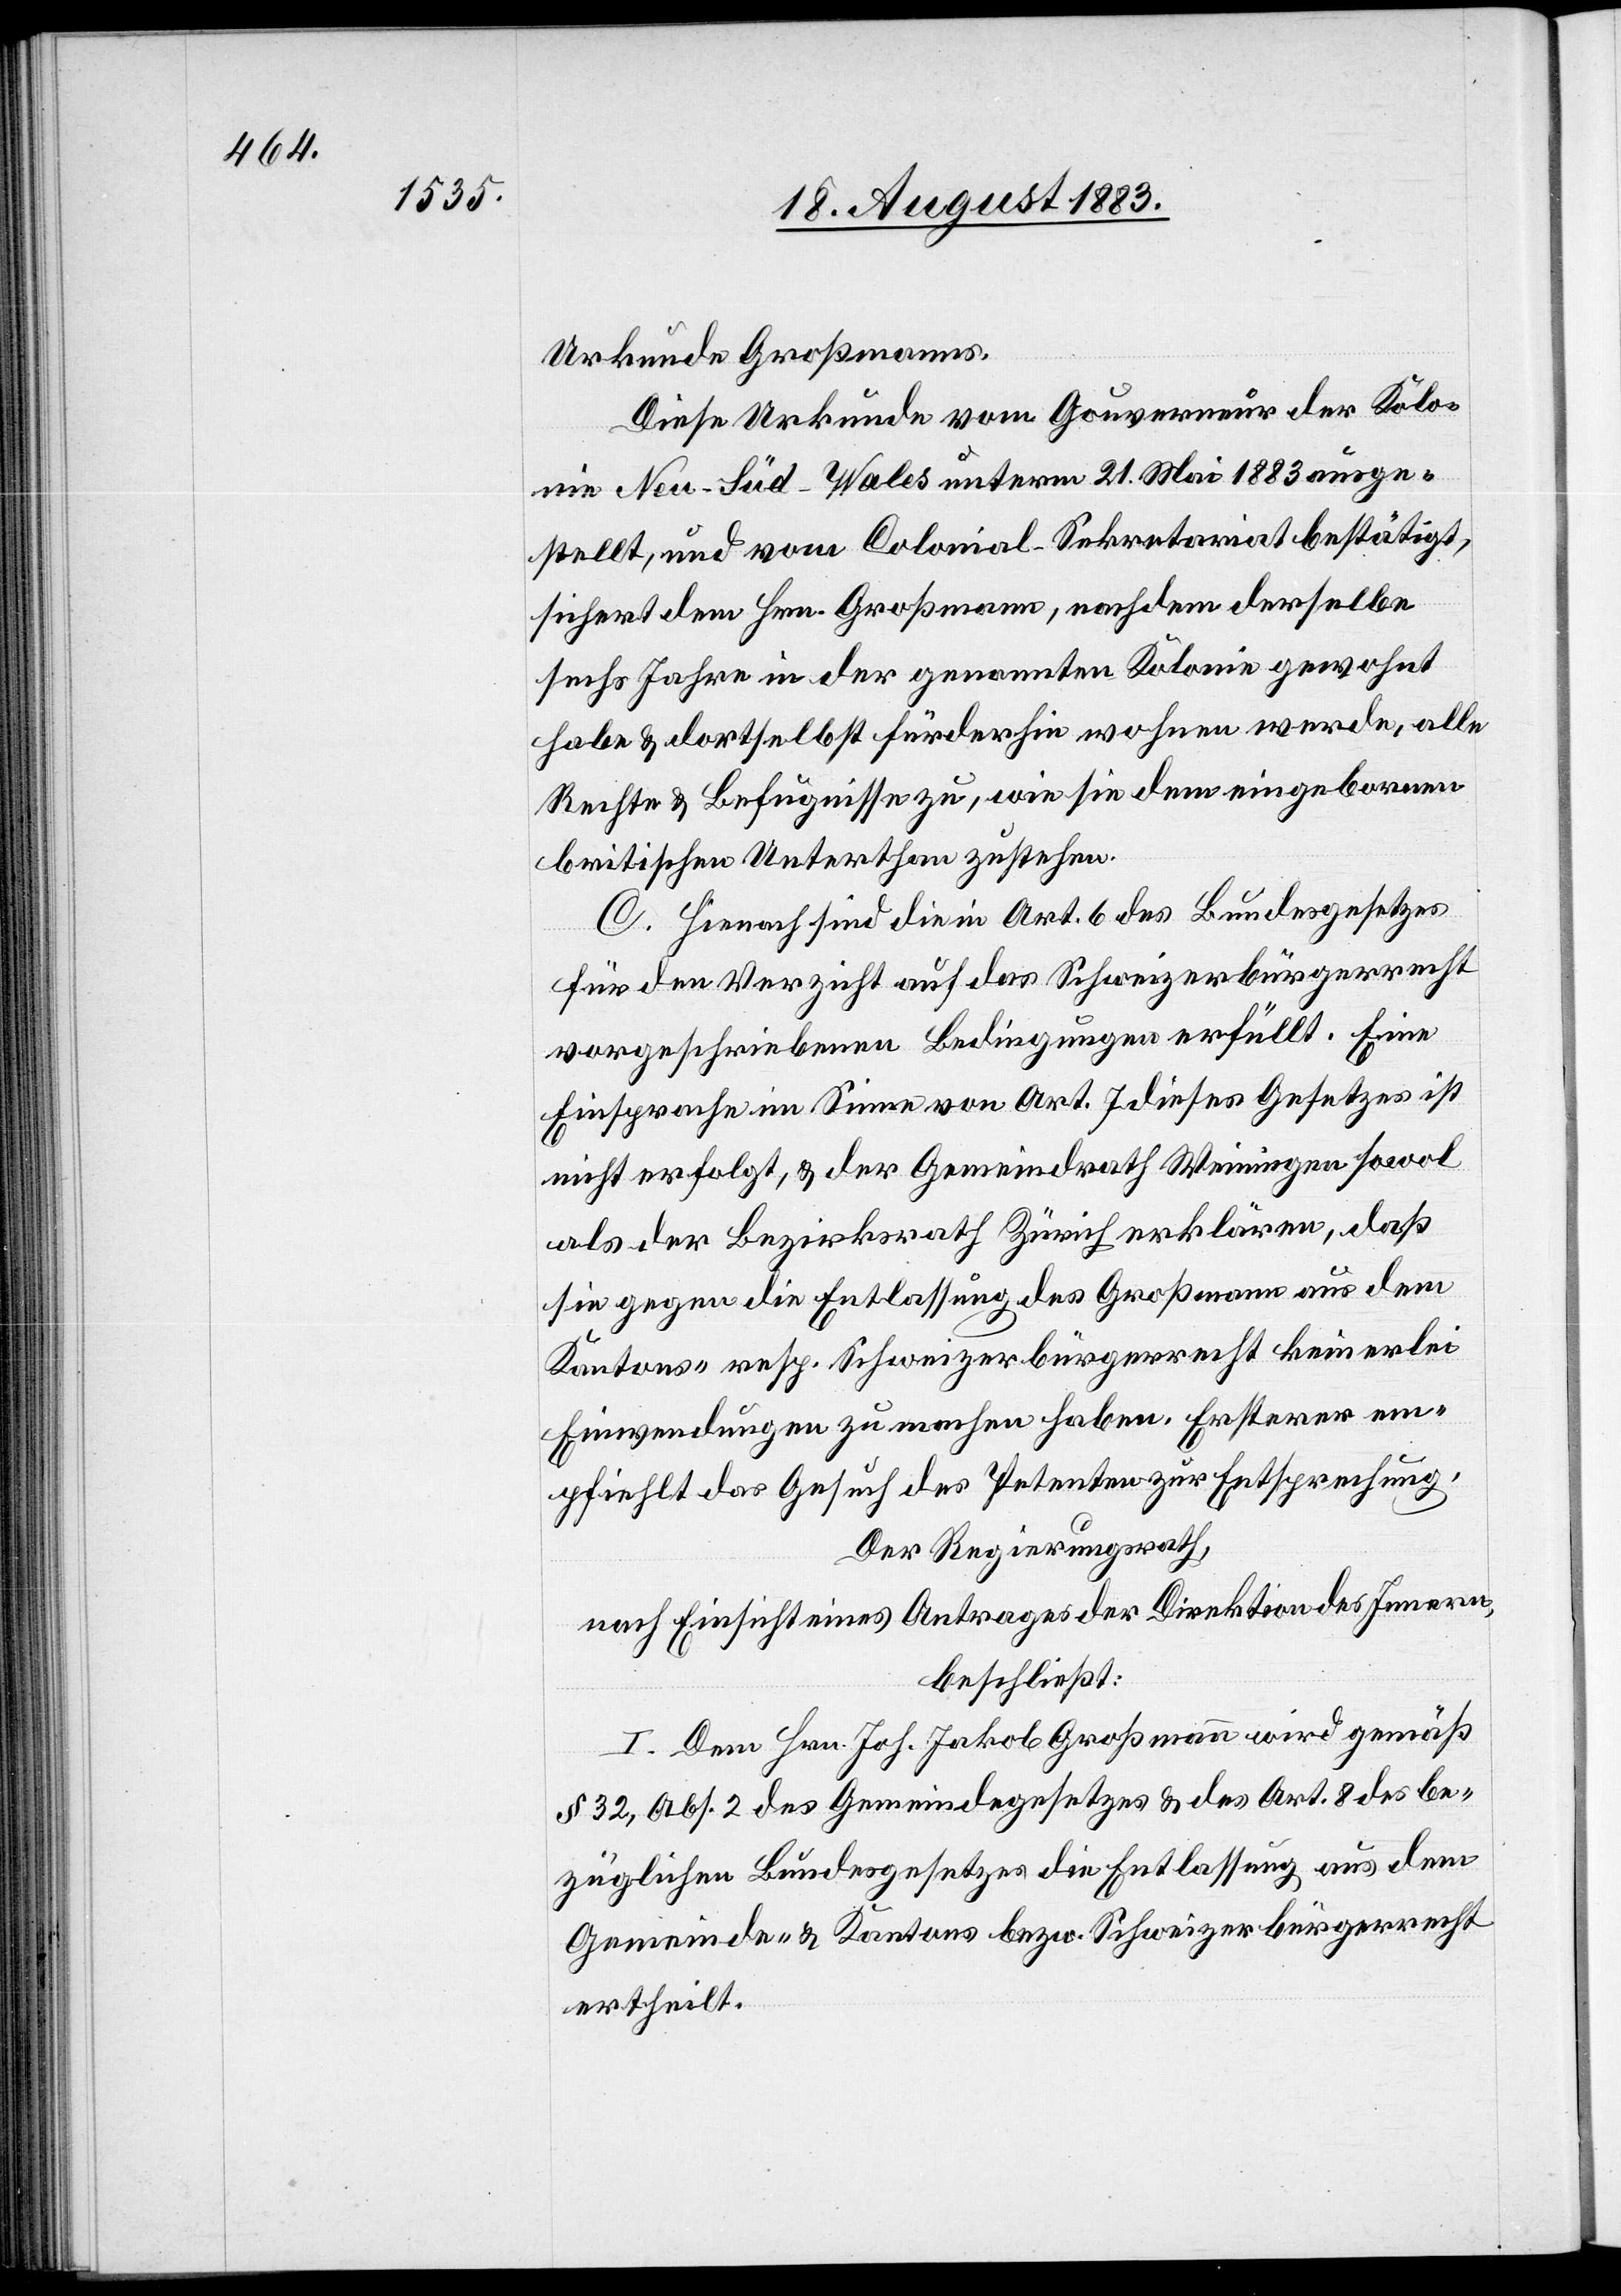
Urkunde Großmanns.
Diese Urkunde vom Gouverneur der Kolo¬
nie Neu-Süd-Wales unterm 21. Mai 1883 ausge¬
stellt, und vom Colonial-Sekretariat bestätigt,
sichert dem Hrn. Großmann, nachdem derselbe
sechs Jahre in der genannten Kolonie gewohnt
habe & dortselbst fürderhin wohnen werde, alle
Rechte & Befugnisse zu, wie sie dem eingebornen
britischen Unterthan zustehen.
C. Hienach sind die in Art. 6 des Bundesgesetzes
für den Verzicht auf das Schweizerbürgerrecht
vorgeschriebenen Bedingungen erfüllt. Eine
Einsprache im Sinne von Art. 7 dieses Gesetzes ist
nicht erfolgt, & der Gemeindrath Weiningen sowol
als der Bezirksrath Zürich erklären, daß
sie gegen die Entlassung des Großmann aus dem
Kantons- resp. Schweizerbürgerrecht keinerlei
Einwendungen zu machen haben. Ersterer em¬
pfiehlt das Gesuch des Petenten zur Entsprechung.
Der Regierungsrath,
nach Einsicht eines Antrages der Direktion des Innern,
beschließt:
I. Dem Hrn. Joh. Jakob Großmann wird gemäß
§ 32, Abs. 2 des Gemeindegesetzes & des Art. 8 des be¬
züglichen Bundesgesetzes die Entlassung aus dem
Gemeinde- & Kantons[-] bzw. Schweizerbürgerrecht
ertheilt.